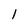
Character: 1